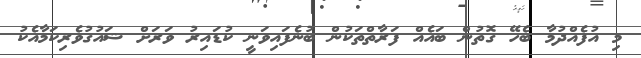
މި އުފެއްދުމާ ބެހޭ ގޮތުން ބައެއް ފަރާތްތަކުން ބުނެފައިވަނީ ކުޑައިރު ވަރަށް ޝައުގުވެރިކަމާއެކު